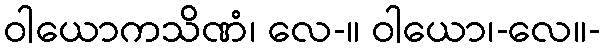
ဝါယောကသိဏံ၊ လေ-။ ဝါယော၊-လေ။-